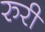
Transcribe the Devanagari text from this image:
रुरी